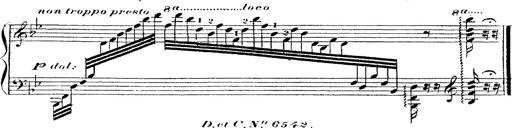
Title: 12 Lieder von Franz Schubert
Composer: Franz Liszt